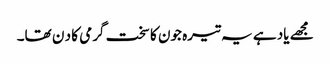
مجھے یاد ہے یہ تیرہ جون کا سخت گرمی کا د ن تھا۔